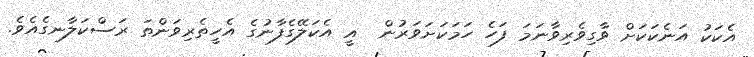
އެކަކު އަނެކަކަށް ވާގިވެރިވާނަމަ ފަހެ ހަމަކަށަވަރުން  އީ އެކަލޭގެފާނުގެ އެހީތެރިވަންތަ ރަސްކަލާނގެއެވެ.